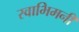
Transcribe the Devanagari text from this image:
स्वाभिमनी